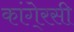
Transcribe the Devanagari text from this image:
कांगे्रसी